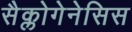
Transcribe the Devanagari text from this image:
सैक्लोगेनेसिस